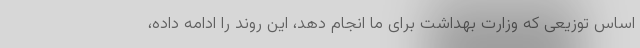
اساس توزیعی که وزارت بهداشت برای ما انجام دهد، این روند را ادامه داده،